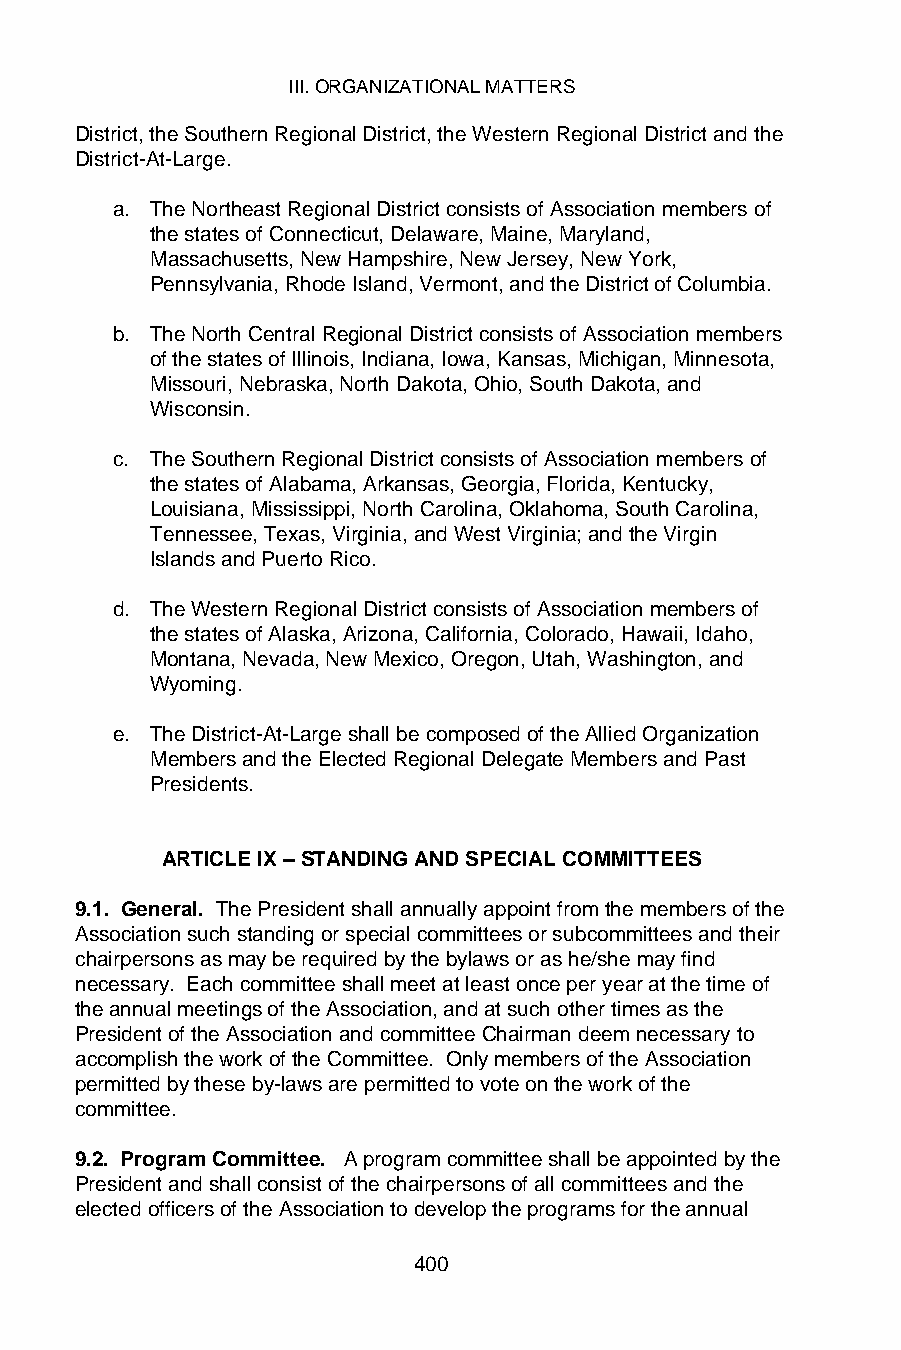
III. ORGANIZATIONAL MATTERS
 District, the Southern Regional District, the Western Regional District and the
 District-At-Large.
 a. The Northeast Regional District consists of Association members of
 the states of Connecticut, Delaware, Maine, Maryland,
 Massachusetts, New Hampshire, New Jersey, New York,
 Pennsylvania, Rhode Island, Vermont, and the District of Columbia.
 b. The North Central Regional District consists of Association members
 of the states of Illinois, Indiana, Iowa, Kansas, Michigan, Minnesota,
 Missouri, Nebraska, North Dakota, Ohio, South Dakota, and
 Wisconsin.
 c. The Southern Regional District consists of Association members of
 the states of Alabama, Arkansas, Georgia, Florida, Kentucky,
 Louisiana, Mississippi, North Carolina, Oklahoma, South Carolina,
 Tennessee, Texas, Virginia, and West Virginia; and the Virgin
 Islands and Puerto Rico.
 d. The Western Regional District consists of Association members of
 the states of Alaska, Arizona, California, Colorado, Hawaii, Idaho,
 Montana, Nevada, New Mexico, Oregon, Utah, Washington, and
 Wyoming.
 e. The District-At-Large shall be composed of the Allied Organization
 Members and the Elected Regional Delegate Members and Past
 Presidents.
 ARTICLE IX – STANDING AND SPECIAL COMMITTEES
 9.1. General. The President shall annually appoint from the members of the
 Association such standing or special committees or subcommittees and their
 chairpersons as may be required by the bylaws or as he/she may find
 necessary. Each committee shall meet at least once per year at the time of
 the annual meetings of the Association, and at such other times as the
 President of the Association and committee Chairman deem necessary to
 accomplish the work of the Committee. Only members of the Association
 permitted by these by-laws are permitted to vote on the work of the
 committee.
 9.2. Program Committee. A program committee shall be appointed by the
 President and shall consist of the chairpersons of all committees and the
 elected officers of the Association to develop the programs for the annual
 400